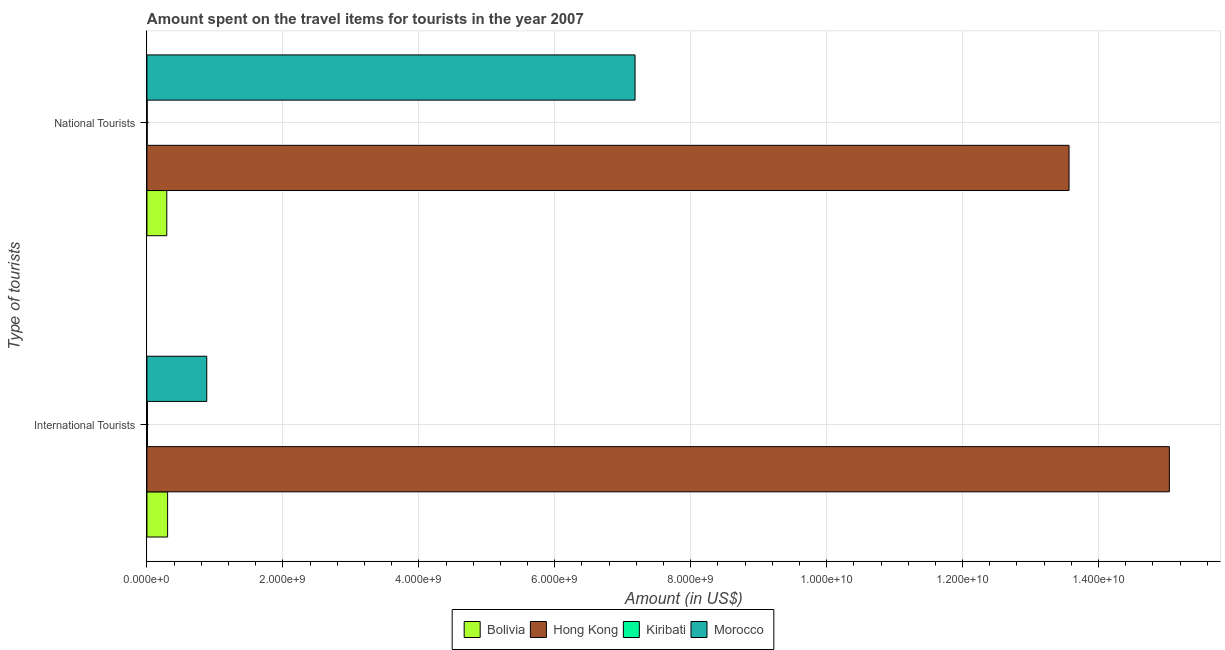
| Type of tourists | Bolivia | Hong Kong | Kiribati | Morocco |
 | --- | --- | --- | --- | --- |
 | International Tourists | 3.04e+08 | 1.5e+10 | 7.8e+06 | 8.8e+08 |
 | National Tourists | 2.92e+08 | 1.36e+10 | 3.8e+06 | 7.18e+09 |